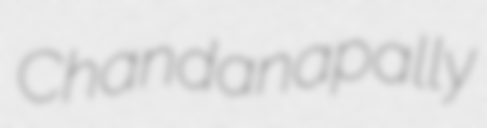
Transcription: Chandanapally